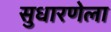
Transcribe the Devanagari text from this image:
सुधारणेला